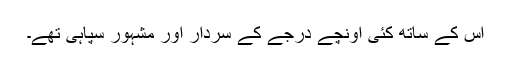
اس کے ساتھ کئی اونچے درجے کے سردار اور مشہور سپاہی تھے۔